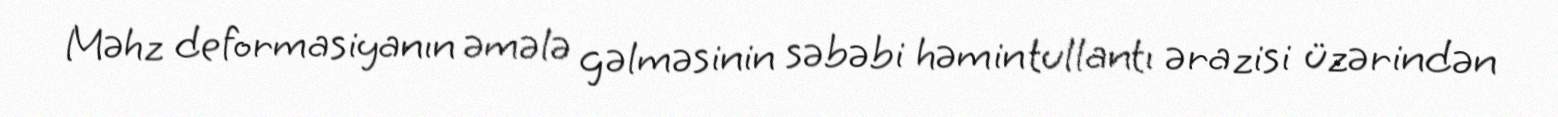
Məhz deformasiyanın əmələ gəlməsinin səbəbi həmin tullantı ərazisi üzərindən